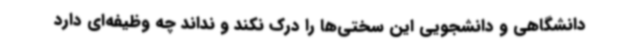
دانشگاهی و دانشجویی این سختی‌ها را درک نکند و نداند چه وظیفه‌ای دارد